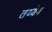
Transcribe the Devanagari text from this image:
तय्येब